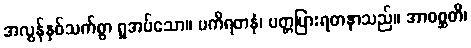
အလွန်နှစ်သက်စွာ ရှုအပ်သော။ ပကိရတနံ၊ ပတ္တမြားရတနာသည်။ အာဝစ္ဆတိ၊